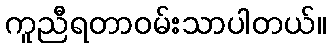
ကူညီရတာဝမ်းသာပါတယ်။